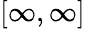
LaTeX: [\infty,\infty]